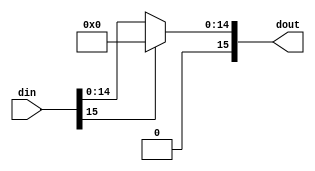
`timescale 1ns / 1ps


`define DATA_SIZE 16

module relu_1(
    din, dout
    );
    input [`DATA_SIZE-1:0] din;
    output [`DATA_SIZE-1:0] dout;
    
    assign dout = (din[`DATA_SIZE-1] == 1'b1) ? 16'b0 : din;
endmodule